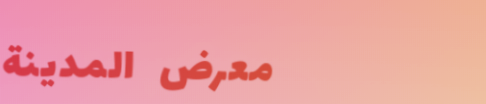
معرض المدينة